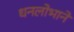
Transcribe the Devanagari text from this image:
धनलोभाने